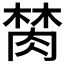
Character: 𰮫